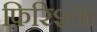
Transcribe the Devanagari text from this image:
फ़िरिश्ता